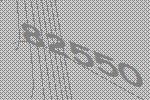
82550